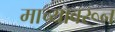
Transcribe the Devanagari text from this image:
माच्यावरून